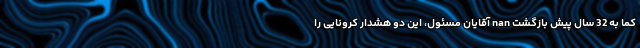
کما به 32 سال پیش بازگشت nan آقایان مسئول، این دو هشدار کرونایی را